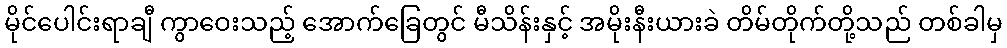
မိုင်ပေါင်းရာချီ ကွာဝေးသည့် အောက်ခြေတွင် မီသိန်းနှင့် အမိုးနီးယားခဲ တိမ်တိုက်တို့သည် တစ်ခါမှ